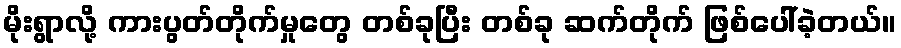
မိုးရွာလို့ ကားပွတ်တိုက်မှုတွေ တစ်ခုပြီး တစ်ခု ဆက်တိုက် ဖြစ်ပေါ်ခဲ့တယ်။